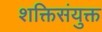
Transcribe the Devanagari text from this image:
शक्तिसंयुक्त